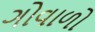
ગોવાળો